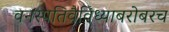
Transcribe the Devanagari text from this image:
वनस्पतिवैविध्याबरोबरच